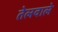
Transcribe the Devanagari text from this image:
तेलवाले